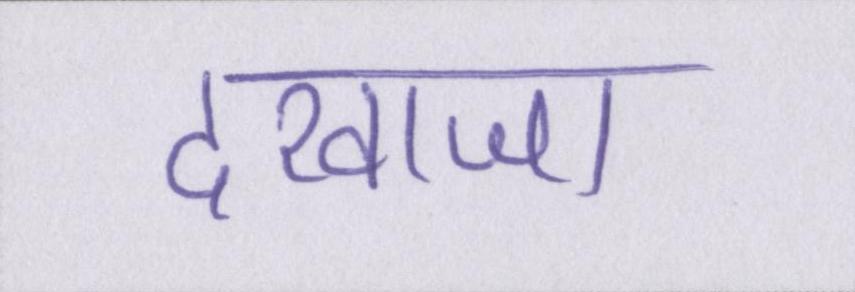
दरवाजा